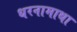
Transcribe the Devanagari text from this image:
धरनामाथा